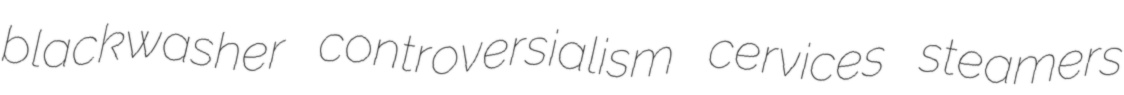
blackwasher controversialism cervices steamers